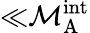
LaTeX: {\ll}\mathcal{M}_{\mathrm{A}}^{\mathrm{int}}